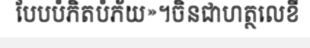
បែបបំភិតបំភ័យ»។ចិនជាហត្ថលេខី